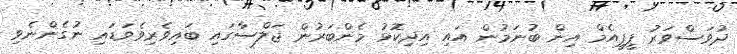
ދުވަސްވަރު ޕީޕީއެމް އިން ބުނަމުން އައި އިދިކޮޅު މެންބަރުން ޖަލްސާގައި ބައިވެރިވެވަޑައި ނުގެންނެވި